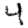
Digit: 4